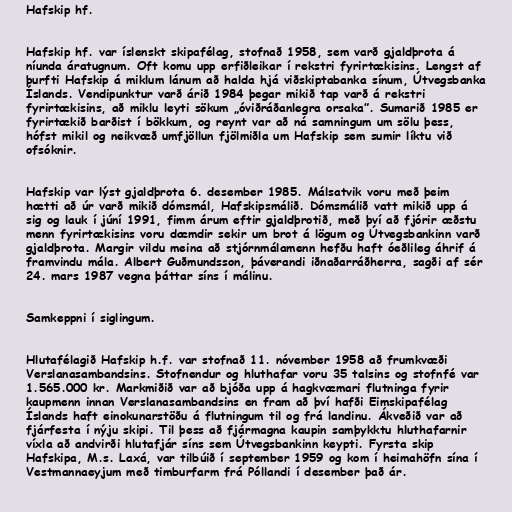
Hafskip hf.

Hafskip hf. var íslenskt skipafélag, stofnað 1958, sem varð gjaldþrota á
níunda áratugnum. Oft komu upp erfiðleikar í rekstri fyrirtækisins. Lengst af
þurfti Hafskip á miklum lánum að halda hjá viðskiptabanka sínum, Útvegsbanka
Íslands. Vendipunktur varð árið 1984 þegar mikið tap varð á rekstri
fyrirtækisins, að miklu leyti sökum „óviðráðanlegra orsaka”. Sumarið 1985 er
fyrirtækið barðist í bökkum, og reynt var að ná samningum um sölu þess,
hófst mikil og neikvæð umfjöllun fjölmiðla um Hafskip sem sumir líktu við
ofsóknir.

Hafskip var lýst gjaldþrota 6. desember 1985. Málsatvik voru með þeim
hætti að úr varð mikið dómsmál, Hafskipsmálið. Dómsmálið vatt mikið upp á
sig og lauk í júní 1991, fimm árum eftir gjaldþrotið, með því að fjórir æðstu
menn fyrirtækisins voru dæmdir sekir um brot á lögum og Útvegsbankinn varð
gjaldþrota. Margir vildu meina að stjórnmálamenn hefðu haft óeðlileg áhrif á
framvindu mála. Albert Guðmundsson, þáverandi iðnaðarráðherra, sagði af sér
24. mars 1987 vegna þáttar síns í málinu.

Samkeppni í siglingum.

Hlutafélagið Hafskip h.f. var stofnað 11. nóvember 1958 að frumkvæði
Verslanasambandsins. Stofnendur og hluthafar voru 35 talsins og stofnfé var
1.565.000 kr. Markmiðið var að bjóða upp á hagkvæmari flutninga fyrir
kaupmenn innan Verslanasambandsins en fram að því hafði Eimskipafélag
Íslands haft einokunarstöðu á flutningum til og frá landinu. Ákveðið var að
fjárfesta í nýju skipi. Til þess að fjármagna kaupin samþykktu hluthafarnir
víxla að andvirði hlutafjár síns sem Útvegsbankinn keypti. Fyrsta skip
Hafskipa, M.s. Laxá, var tilbúið í september 1959 og kom í heimahöfn sína í
Vestmannaeyjum með timburfarm frá Póllandi í desember það ár.